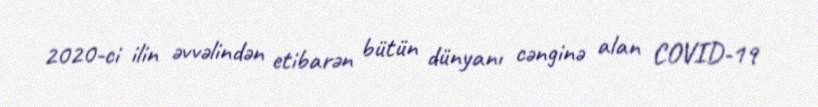
2020-ci ilin əvvəlindən etibarən bütün dünyanı cənginə alan COVID-19